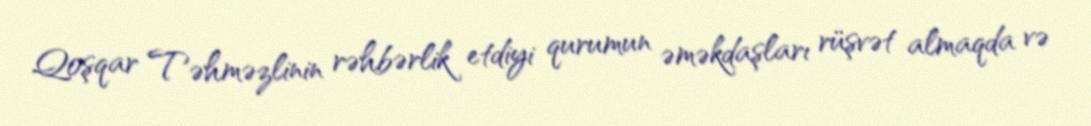
Qoşqar Təhməzlinin rəhbərlik etdiyi qurumun əməkdaşları rüşvət almaqda və